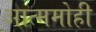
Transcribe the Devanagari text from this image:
आत्ममोही